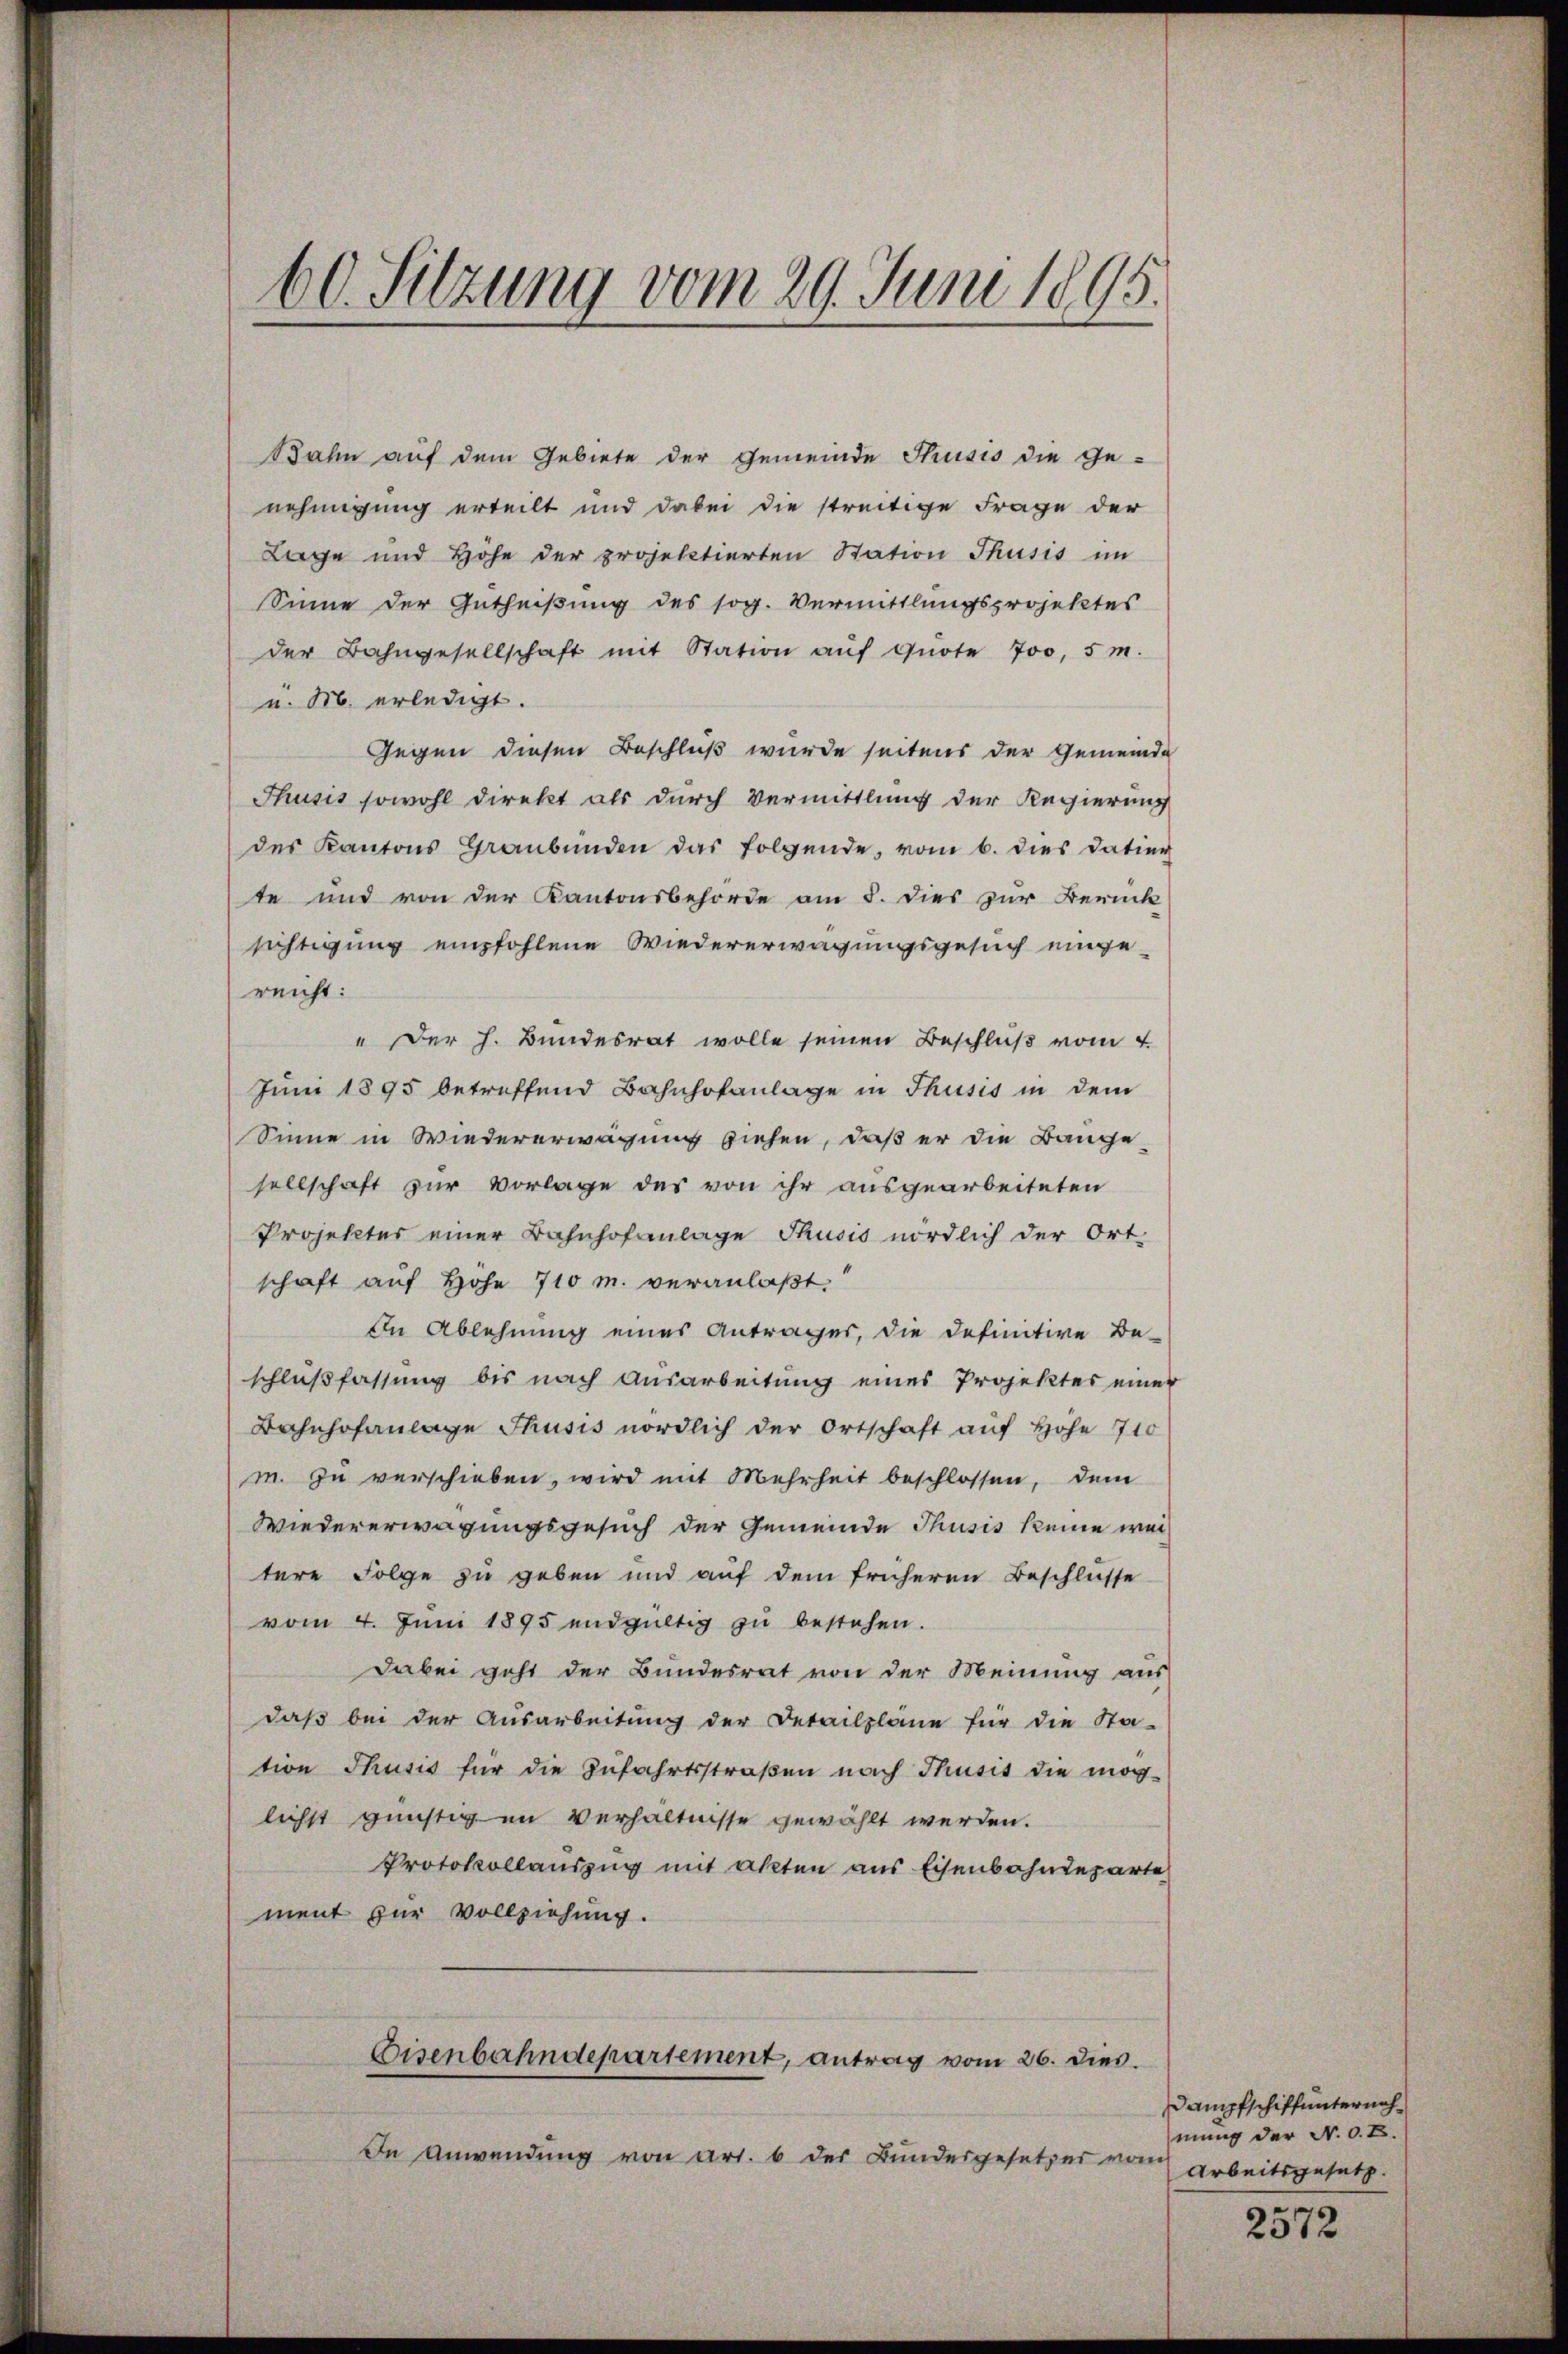
60. Sitzung vom 29. Juni 1895.

Bahn auf dem Gebiete der Gemeinde Thusis die Ge-
nehmigung erteilt und dabei die streitige Frage der
Lage und Höhe der projektierten Station Thusis im
Sinne der Getheißung des sog. Vermittlungsprojektes
der Bahngesellschaft mit Station aŭf Quote 700, 5 m.
u. M. erledigt.
Gegen diesen Beschluß wurde seitens der Gemeinde
Thusis sowohl direkt als durch Vermittlung der Regierung
des Kantons Graubünden das folgende, vom 6. dies Datier
te und von der Kantonsbehörde am 5. dies zur Berück
sichtigung empfohlene Wiedererwägungsgesuch eingereicht:
" Der h. Bundesrat wolle seinen Beschluß vom 4.
Juni 1895 betreffend Bahnhofanlage in Thusis in dem
Sinne in Wiedererwägung ziehen, daß er die Bange-
sellschaft zur Vorlage des von ihr ausgearbeiteten
Projekter einer Bahnhofanlage Thusis nördlich der Ort-
schaft auf Hohe 710 m. veranlaßt.
In Ablehnung eines Antrages, die definitive Be-
schlußfassung bis nach Ausarbeitung eines Projektes einer
Bahnhofanlage Thusis nördlich der Ortschaft auf Hohe 710
m. zu verschieben, wird mit Mehrheit beschlossen, dem
Wiedererwägungsgesuch der Gemeinde Thusis keine wei-
tere Folge zu geben und auf dem früheren Beschlüsse
vom 4. Jŭni 1895 endgültig zŭ bestehen.
Dabei geht der Bundesrat von der Meinung aus
daβ bei der Ausarbeitŭng der Detailpläne für die Sta-
tion Thusis für die Zufahrtsstraßen nach Thusis die mög-
lichst günstigen Verhältnisse gewählt werden.
Protokollauszug mit akten aus Eisenbahndeparte
ment zur Vollziehung.
Eisenbahndepartement, antrag vom 26. dies.
In Anwendung von Art. 6 der Bundesgesetzes vom

Dampfschiffunternahmung der N. O. B.
Arbeitsgesetz.

2572